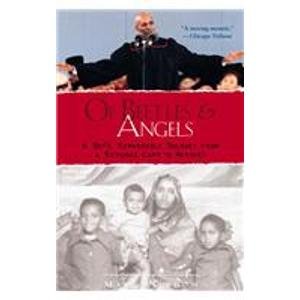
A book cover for Of Beetles & Angels: A Boy's Remarkable Journey from a Refugee Camp to Harvard; Mawi Asgedom; Teen & Young Adult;